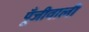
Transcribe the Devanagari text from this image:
पूँजीवाली